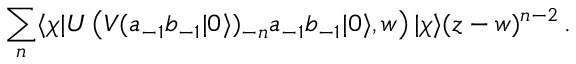
\sum _ { n } \langle \chi | U \left( V ( a _ { - 1 } b _ { - 1 } | 0 \rangle ) _ { - n } a _ { - 1 } b _ { - 1 } | 0 \rangle , w \right) | \chi \rangle ( z - w ) ^ { n - 2 } \, .